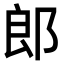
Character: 郎